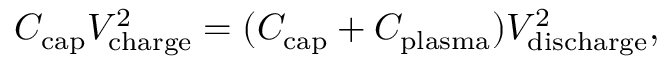
C _ { \mathrm { c a p } } V _ { \mathrm { c h a r g e } } ^ { 2 } = ( C _ { \mathrm { c a p } } + C _ { \mathrm { p l a s m a } } ) V _ { \mathrm { d i s c h a r g e } } ^ { 2 } ,